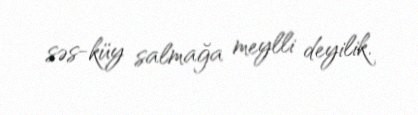
səs-küy salmağa meylli deyilik.